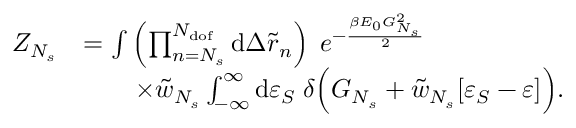
\begin{array} { r l } { Z _ { N _ { s } } } & { = \int { \left( \prod _ { n = N _ { s } } ^ { N _ { \mathrm { d o f } } } { \mathrm { d } \Delta \tilde { r } _ { n } } \right) \; e ^ { - \frac { \beta E _ { 0 } G _ { N _ { s } } ^ { 2 } } { 2 } } } } \\ & { \qquad \times \tilde { w } _ { N _ { s } } \int _ { - \infty } ^ { \infty } { \mathrm { d } \varepsilon _ { S } \; \delta \Big ( G _ { N _ { s } } + \tilde { w } _ { N _ { s } } [ \varepsilon _ { S } - \varepsilon ] \Big ) } . } \end{array}